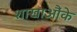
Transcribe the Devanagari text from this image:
शाखाऔंके